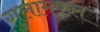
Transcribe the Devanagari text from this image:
गुलामकल